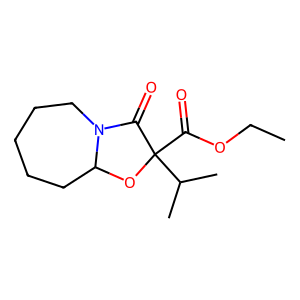
SMILES: CCOC(=O)C1(C(C)C)OC2CCCCCN2C1=O
Inhibits HIV replication: No